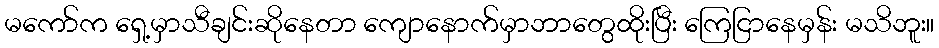
မကော်က ရှေ့မှာသီချင်းဆိုနေတာ ကျောနောက်မှာဘာတွေထိုးပြီး ကြေငြာနေမှန်း မသိဘူး။